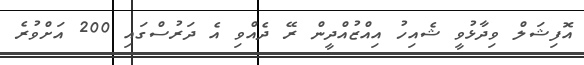
އޮފިޝަލް ވިދާޅުވީ ޝެއިހު އިއްޒުއްދީން ރޭ ދެއްވި އެ ދަރުސްގައި 200 އަށްވުރެ